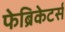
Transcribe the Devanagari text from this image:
फेब्रिकेटर्स